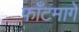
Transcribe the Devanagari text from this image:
फाँटमागे